Vaccination in Burma 1920-1933 - 1920-1933
Year: 1920
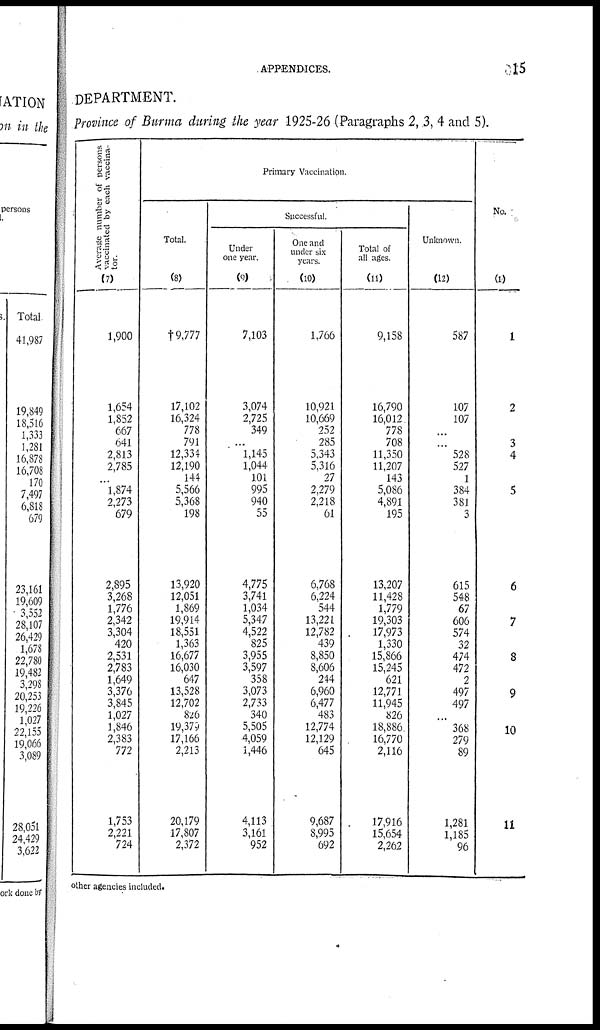
APPENDICES.
15
DEPARTMENT.
Province of Burma during the year 1925-26 (Paragraphs 2, 3, 4 and 5).
Average number of persons
vaccinated by each vaccina-
tor.
(7)
1,900
1,654
1,852
667
641
2,813
2,785
...
1,874
2,273
679
2,895
3,268
1,776
2,342
3,304
420
2,531
2,783
1,649
3,376
3,845
1,027
1,846
2,383
772
1,753
2,221
724
Primary Vaccination.
Total.
(8)
†9,777
17,102
16,324
778
791
12,334
12,190
144
5,566
5,368
198
13,920
12,051
1,869
19,914
18,551
1,363
16,677
16,030
647
13,528
12,702
826
19,379
17,166
2,213
20,179
17,807
2,372
Successful.
Under
one year.
(9)
7,103
3,074
2,725
349
...
1,145
1,044
101
995
940
55
4,775
3,741
1,034
5,347
4,522
825
3,955
3,597
358
3,073
2,733
340
5,505
4,059
1,446
4,113
3,161
952
One and
under six
years.
(10)
1,766
10,921
10,669
252
285
5,343
5,316
27
2,279
2,218
61
6,768
6,224
544
13,221
12,782
439
8,850
8,606
244
6,960
6,477
483
12,774
12,129
645
9,687
8,995
692
Total of
all ages.
(11)
9,158
16,790
16,012
778
708
11,350
11,207
143
5,086
4,891
195
13,207
11,428
1,779
19,303
17,973
1,330
15,866
15,245
621
12,771
11,945
826
18,886
16,770
2,116
17,916
15,654
2,262
Unknown.
(12)
587
107
107
...
...
528
527
1
384
381
3
615
548
67
606
574
32
474
472
2
497
497
...
368
279
89
1,281
1,185
96
No.
(1)
1
2
3
4
5
6
7
8
9
10
11
other agencies included.